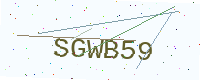
Text: SGWB59